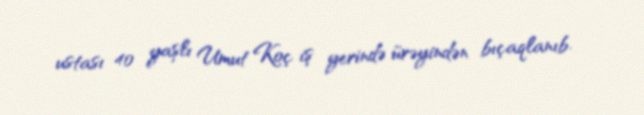
ustası 40 yaşlı Umut Koç iş yerində ürəyindən bıçaqlanıb.